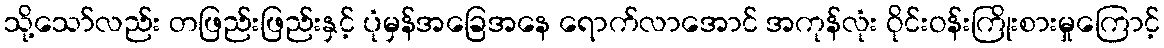
သို့သော်လည်း တဖြည်းဖြည်းနှင့် ပုံမှန်အခြေအနေ ရောက်လာအောင် အကုန်လုံး ဝိုင်းဝန်းကြိုးစားမှုကြောင့်